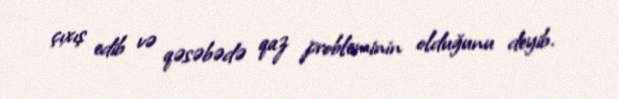
çıxış edib və qəsəbədə qaz probleminin olduğunu deyib.